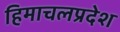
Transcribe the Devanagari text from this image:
हिमाचलप्रदेश